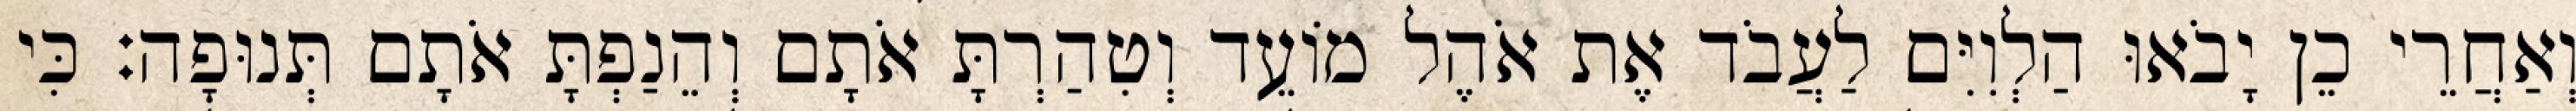
וְאַחֲרֵי כֵן יָבֹאוּ הַלְוִיִּם לַעֲבֹד אֶת אֹהֶל מוֹעֵד וְטִהַרְתָּ אֹתָם וְהֵנַפְתָּ אֹתָם תְּנוּפָה׃ כִּי